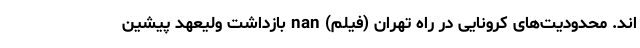
اند. محدودیت‌های کرونایی در راه تهران (فیلم) nan بازداشت ولیعهد پیشین